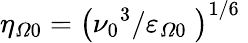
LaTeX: {{\eta}_{\varOmega 0}}={{\left({{{\nu}_{0}}^{3}}/{{{\varepsilon}_{\varOmega 0}}}\; \right)}^{{1}/{6}\; }}